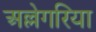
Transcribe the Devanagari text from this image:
अल्लेगरिया